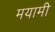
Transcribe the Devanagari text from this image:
मयामी